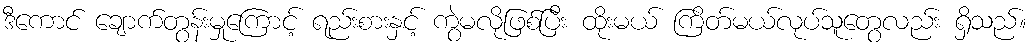
ဒီကောင် ချောက်တွန်းမှုကြောင့် ရည်းစားနှင့် ကွဲမလိုဖြစ်ပြီး ထိုးမယ် ကြိတ်မယ်လုပ်သူတွေလည်း ရှိသည်။